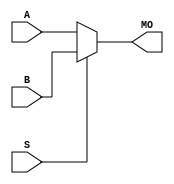
module cycloneiv_b5mux21 (MO, A, B, S);
   input [4:0] A, B;
   input       S;
   output [4:0] MO; 
   assign MO = (S == 1) ? B : A; 
endmodule